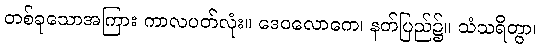
တစ်ခုသောအကြား ကာလပတ်လုံး။ ဒေဝလောကေ၊ နတ်ပြည်၌။ သံသရိတွာ၊